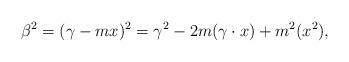
LaTeX: \begin{align*} \beta^2 = (\gamma-mx)^2 =\gamma^2-2m(\gamma\cdot x)+m^2(x^2),\end{align*}